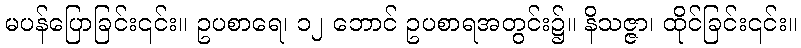
မပန်ပြောခြင်း၎င်း။ ဥပစာရေ၊ ၁၂ ဘောင် ဥပစာရအတွင်း၌။ နိသဇ္ဇာ၊ ထိုင်ခြင်း၎င်း။